King Institute of Preventive Medicine Micro-Biological Section reports 1909-11
Year: 1909
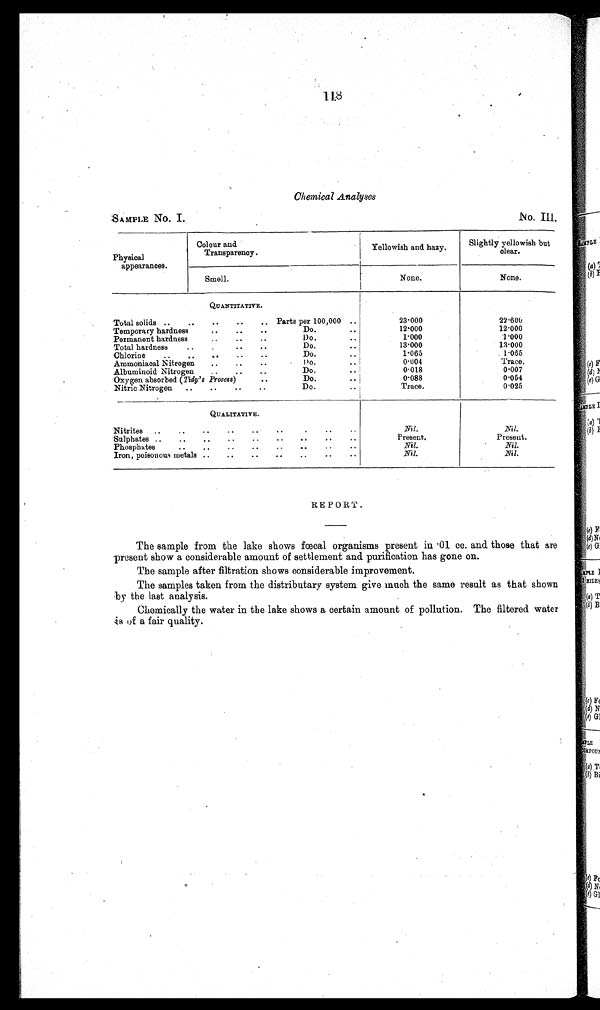
1.18
Chemical Analyses
SAMPLE No. I.
N o. III.
Physical
appearances.
Colour and
Transparency.
Yellowish and hazy.
Slightly yellowish but
clear.
Smell.
None.
None.
QUANTITATIVE.
23.000
22.600
Total solids ..
..
..
..
.. Parts per 100,000 ..
12.000
12.000
Temporary hardness
..
• •
• •
Do.
• •
1.000
1.000
Permanent hardness
..
..
..
Do.
..
Total hardness
..
.. .. ..
Do.
..
13.000
13.000
1.065
1.065
Chlorine
..
..
..
..
..
Do.
..
Trace.
Ammoniacal Nitrogen
..
..
..
Do.
..
0.004
0.018
0.007
Albuminoid Nitrogen
..
..
..
Do.
..
0.088
0.054
Oxygen absorbed (Tidy's Process)
..
Do.
• •
Trace.
0.025
Nitric Nitrogen
..
..
..
..
Do.
..
QUALITATIVE.
Nil.
Nitrites
..
..
..
..
..
•
..
..
Nil.
Sulphates ..
..
..
..
..
..
.. ..
..
Present.
Present.
Phosphates
..
..
..
..
..
..
..
..
Nil.
Nil.
Iron, poisonous metals ..
..
..
..
..
..
..
Nil.
Nil.
REPORT.
The sample from the lake shows fœcal organisms present in . 01 cc. and those that are
present show a considerable amount of settlement and purification has gone on.
The sample after filtration shows considerable improvement.
The samples taken from the distributary system give much the same result as that shown
by the last analysis.
Chemically the water in the lake shows a certain amount of pollution. The filtered water
is of a fair quality.